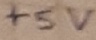
Text: +5V